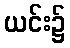
ယင်း၌